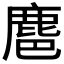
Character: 𪊚